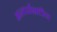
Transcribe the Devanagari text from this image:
अन्तर्राशटीय